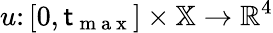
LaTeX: {u\colon[0,\mathsf{t}_{\mathrm{{~m~a~x~}}}]\times\mathbb{{X}}\to\mathbb{{R}}^{4}}